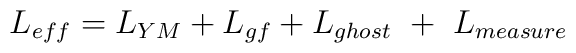
L_{eff}  = L_{YM} + L_{gf}  + L_{ghost} \ + \ L_{measure}